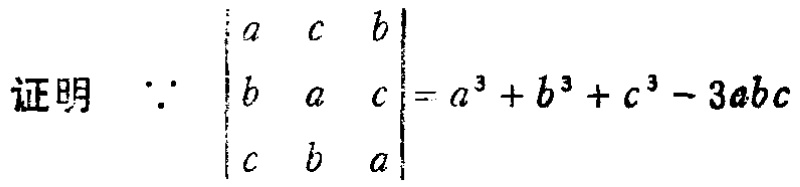
证明 \(\because \begin{vmatrix}

a & c & b \\

b & a & c \\

c & b & a

\end{vmatrix}=a^{3}+b^{3}+c^{3}-3abc\)